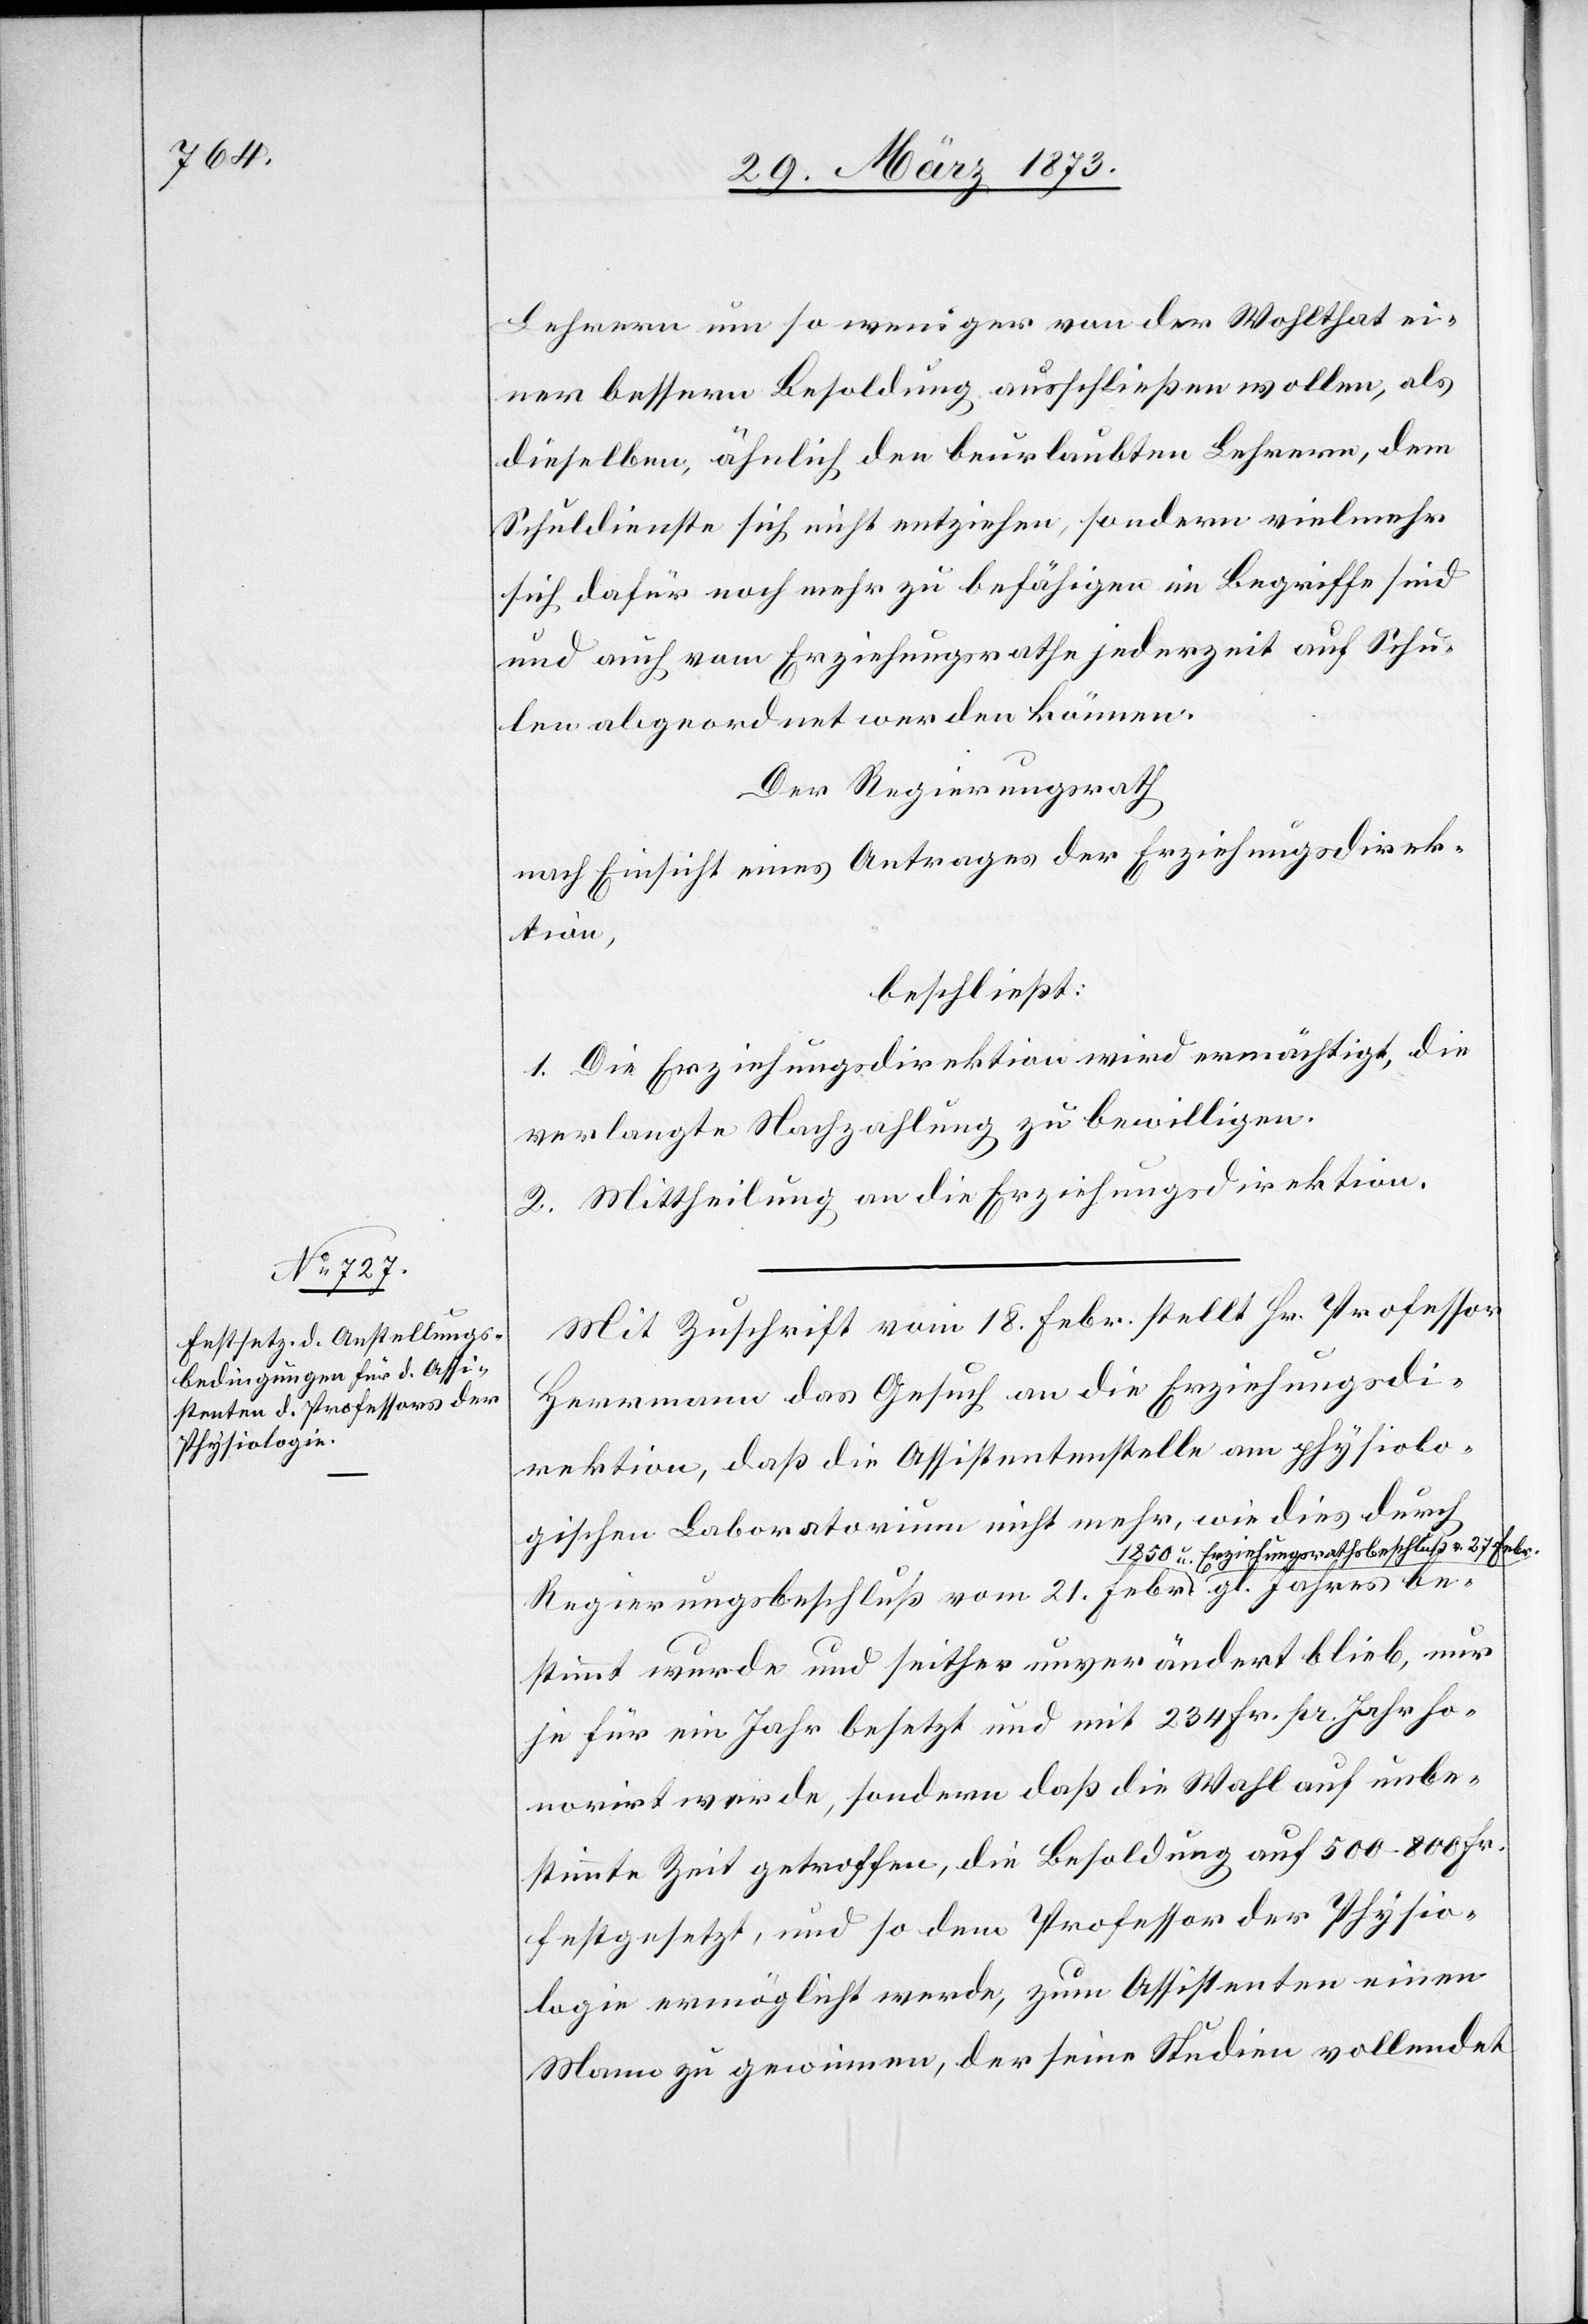
schluß v. 27.

Lehrern um so weniger von der Wohlthat ei¬
ner bessern Besoldung ausschließen wollen, als
dieselben, ähnlich den beurlaubten Lehrern, dem
Schuldienste sich nicht entziehen, sondern vielmehr
sich dafür noch mehr zu befähigen im Begriffe sind
und auch vom Erziehungsrathe jederzeit auf Schu¬
len abgeordnet werden können.
Der Regierungsrath
nach Einsicht eines Antrages der Erziehungsdirek¬
tion,
beschließt:
1. Die Erziehungsdirektion wird ermächtigt, die
verlangte Nachzahlung zu bewilligen.
2. Mittheilung an die Erziehungsdirektion.
Mit Zuschrift vom 18. Febr. stellt Hr. Professor
Herrmann das Gesuch an die Erziehungsdi¬
rektion, daß die Assistentenstelle am physiolo¬
gischen Laboratorium nicht mehr, wie dies durch
Regierungsbeschluß vom 21. Febr. 1850 u. Erziehungsrathsbe¬
bestimmt wurde und seither unverändert blieb, nur
je für ein Jahr besetzt und mit 234 Fr. pr. Jahr ho¬
norirt werde, sondern daß die Wahl auf unbe¬
stimmte Zeit getroffen, die Besoldung auf 500–800 Fr.
festgesetzt, und so dem Professor der Physio¬
logie ermöglicht werde, zum Assistenten einen
Mann zu gewinnen, der seine Studien vollendet